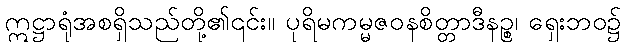
ဣဋ္ဌာရုံအစရှိသည်တို့၏၎င်း။ ပုရိမကမ္မဇဝနစိတ္တာဒီနဉ္စ၊ ရှေးဘဝ၌